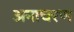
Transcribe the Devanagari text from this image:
अनाचरण